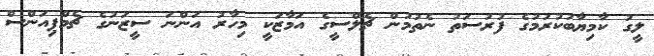
ލީގު ކާމިޔާބުކުރުމުގެ ފުރުސަތު ނެތުމުން ޗެލްސީގެ އަމާޒަކީ މިހާރު އަންނަ ސީޒަނުގެ ޗެމްޕިއަންސް